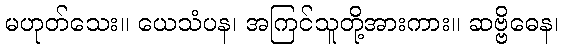
မဟုတ်သေး။ ယေသံပန၊ အကြင်သူတို့အားကား။ ဆဗ္ဗိဓေန၊